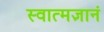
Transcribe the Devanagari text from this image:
स्वात्मज्ञानं